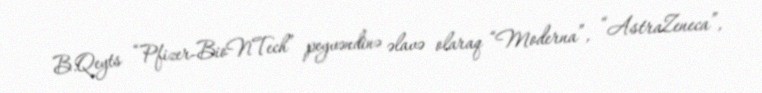
B.Qeyts “Pfizer-BioNTech” peyvəndinə əlavə olaraq “Moderna”, “AstraZeneca”,